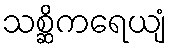
သစ္ဆိကရေယျံ